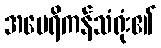
အမေရိကန်သံရုံး၏